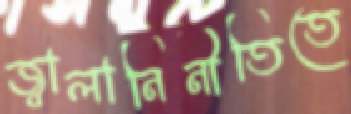
জ্বালানিনীতিতে